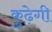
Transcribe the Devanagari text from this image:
कुढ़ेगी